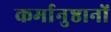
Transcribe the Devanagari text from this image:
कर्मानुष्ठानों